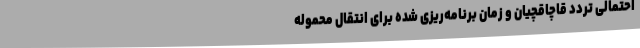
احتمالی تردد قاچاقچیان و زمان برنامه‌ریزی شده برای انتقال محموله